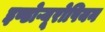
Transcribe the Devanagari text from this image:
इण्डोऱ्यूरोपियन